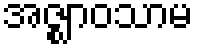
အဇ္ဈာဝသာမ